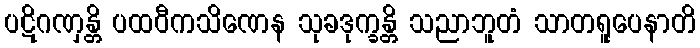
ပဋိဂဏှန္တိ ပထဝီကသိဏေန သုခဒုက္ခန္တိ သညာဘူတံ သာတရူပေနာတိ